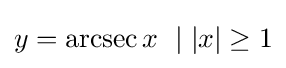
y=\operatorname {arcsec} x\ \mid |x|\geq 1